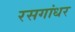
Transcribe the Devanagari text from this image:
रसगांधर